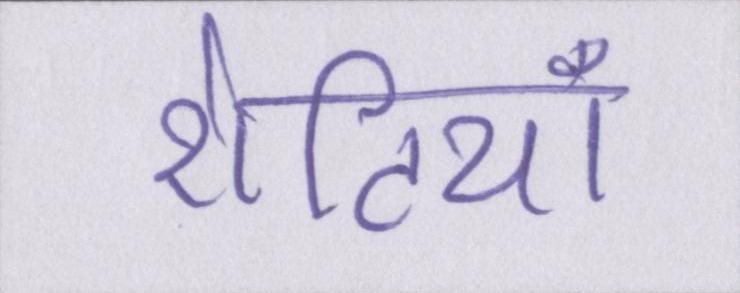
रोटियाँ